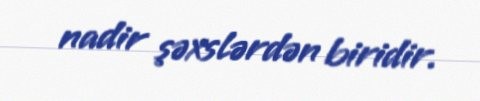
nadir şəxslərdən biridir.